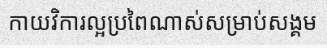
កាយវិការល្អប្រពៃណាស់សម្រាប់សង្គម